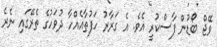
ވޭޖް ބޯޑުން ފާސްކުރީ އެވެ. އެ ގަރާރު ހަފުތާއެއްހާ ދުވަހުގެ ތެރޭގައި ނެރެ